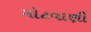
મોટવાણી